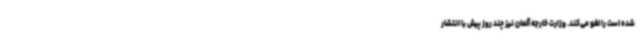
شده است را لغو می‌کند. وزارت خارجه آلمان نیز چند روز پیش با انتشار